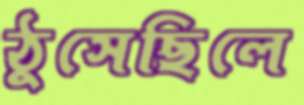
ঠুসেছিলে